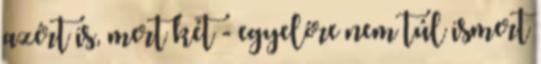
azért is, mert két - egyelőre nem túl ismert